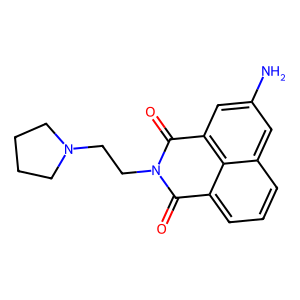
SMILES: Nc1cc2c3c(cccc3c1)C(=O)N(CCN1CCCC1)C2=O
Inhibits HIV replication: No